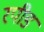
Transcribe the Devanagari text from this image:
रपीड